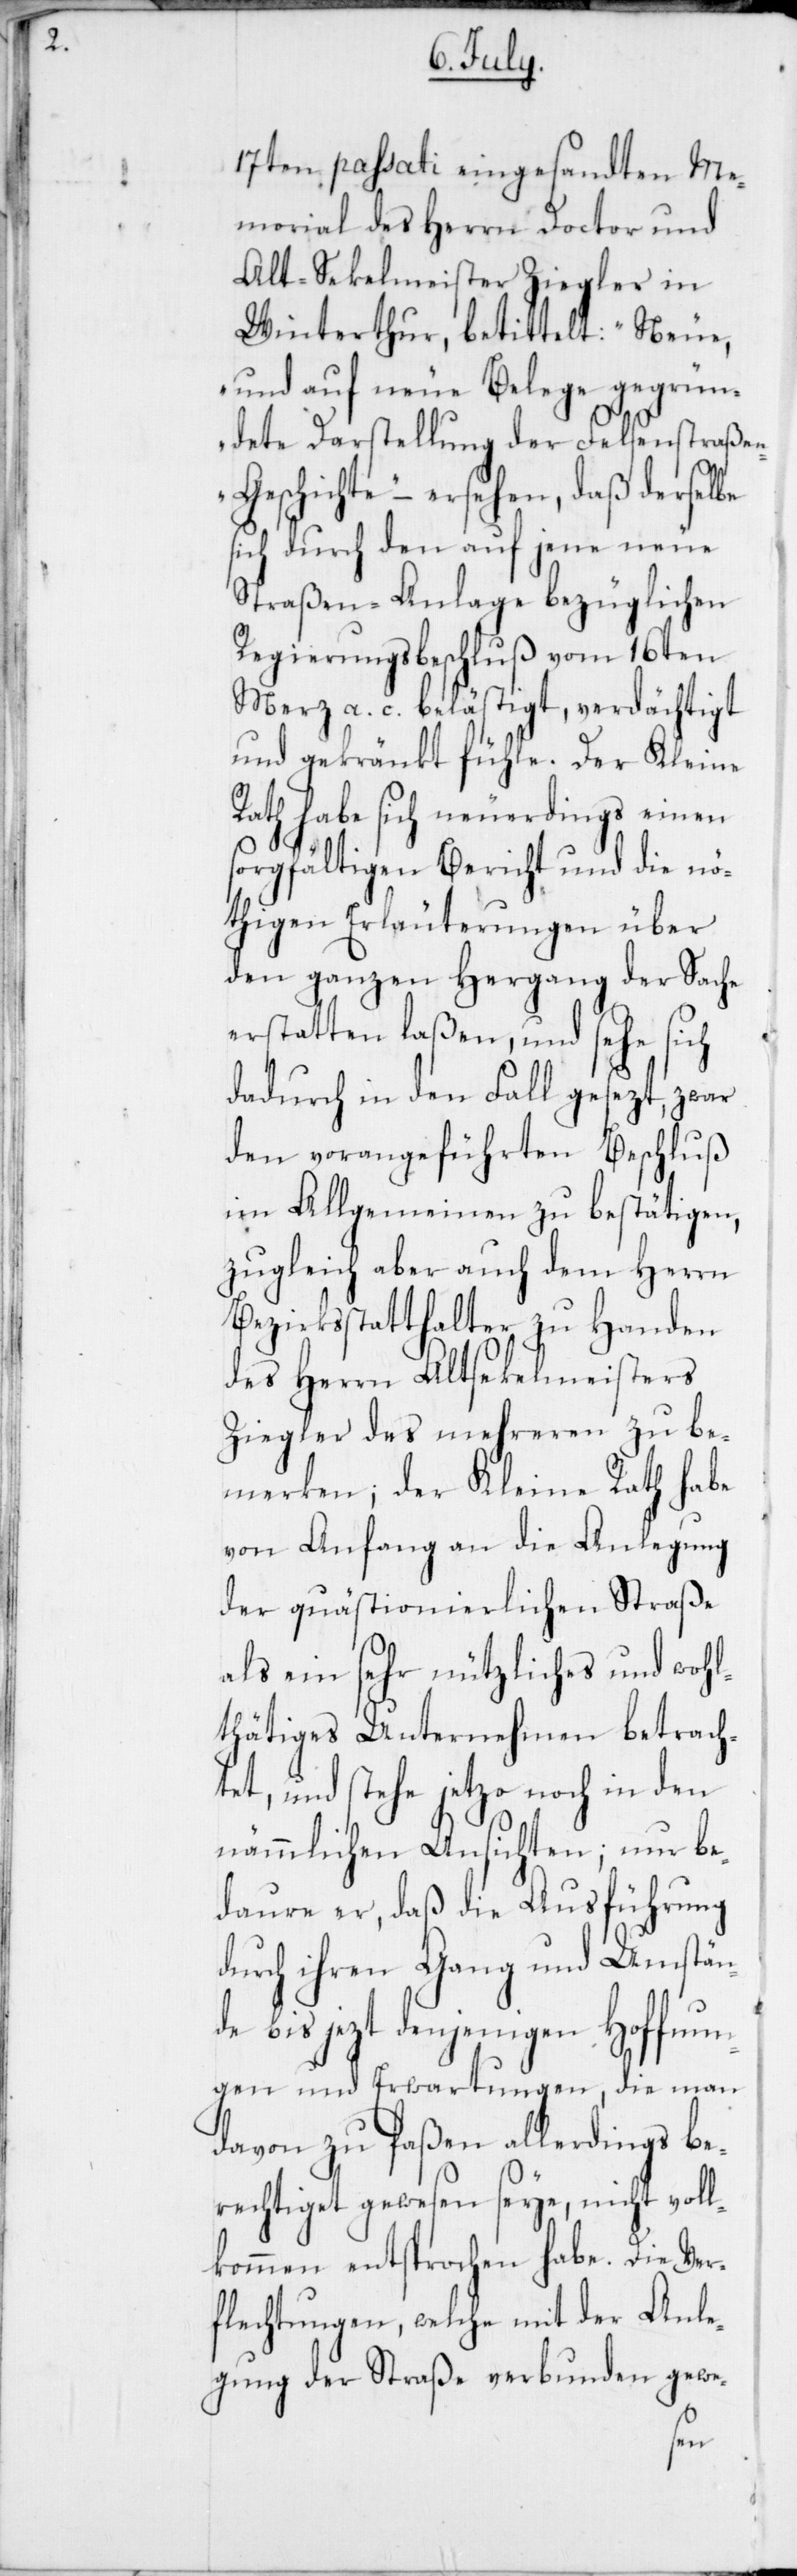
17ten passati eingesandten Me¬
morial des Herrn Doctor und
Alt-Sekelmeister Ziegler in
Winterthur, betittelt: „Neue,
und auf neue Belege gegrün¬
dete Darstellung der Felsenstraße¬
n-Geschichte“ – ersehen, daß derselbe
sich durch den auf jene neue
Staßen-Anlage bezüglichen
Regierungsbeschluß vom 16ten
Merz a. c. belästigt, verdächtigt
und gekränkt fühle. Der Kleine
Rath habe sich neuerdings einen
sorgfältigen Bericht und die nö¬
thigen Erläuterungen über
den ganzen Hergang der Sache
erstatten laßen, und sehe sich
dadurch in den Fall gesetzt, zwar
den vorangeführten Beschluß
im Allgemeinen zu bestätigen,
zugleich aber auch dem Herrn
Bezirksstatthalter zu Handen
des Herrn Altsekelmeisters
Ziegler des mehreren zu be¬
merken; der Kleine Rath habe
von Anfang an die Anlegung
der quästionierlichen Straße
als ein sehr nützliches und wohl¬
thätiges Unternehmen betrach¬
tet, und stehe jetzo noch in den
nämmlichen Ansichten; nur be¬
daure er, daß die Ausführung
durch ihren Gang und Umstän¬
de bis jetzt denjenigen Hoffnun¬
gen und Erwartungen, die man
davon zu faßen allerdings be¬
rechtiget gewesen seye, nicht voll¬
kommen entsprochen habe. Die Ver¬
flechtungen, welche mit der Anle¬
gung der Straße verbunden gewe-